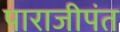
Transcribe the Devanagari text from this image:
पाराजीपंत